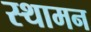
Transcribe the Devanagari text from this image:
स्थामन